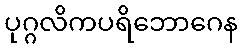
ပုဂ္ဂလိကပရိဘောဂေန